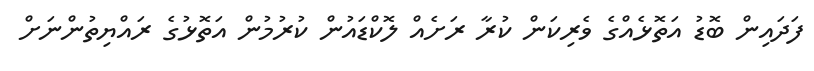
ފަދައިން ބޮޑު އަތޮޅެއްގެ ވެރިކަން ކުރާ ރަށެއް ލޮކްޑައުން ކުރުމުން އަތޮޅުގެ ރައްޔިތުންނަށް